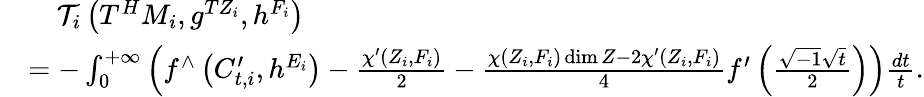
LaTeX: \begin{array}{rl}&{\ \ \ \ \mathcal{T}_{i}\left(T^{H}M_{i},g^{TZ_{i}},h^{F_{i}}\right)}\\ &{=-\int_{0}^{+\infty}\left(f^{\wedge}\left(C_{t,i}^{\prime},h^{E_{i}}\right)-\frac{\chi^{\prime}(Z_{i},F_{i})}{2}-\frac{\chi(Z_{i},F_{i})\dim Z-2\chi^{\prime}(Z_{i},F_{i})}{4}f^{\prime}\left(\frac{\sqrt{-1}\sqrt{t}}{2}\right)\right)\frac{dt}{t}.}\end{array}